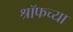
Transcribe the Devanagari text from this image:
श्रॉफच्या